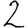
Digit: 2